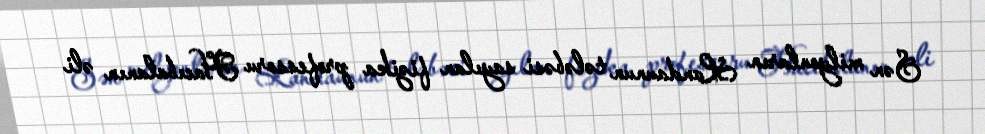
Sən milyonların Landaunun tələbəsi sayılan fizika professoru Hacıbalanın əli